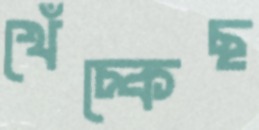
খেঁচ্‌কেছ